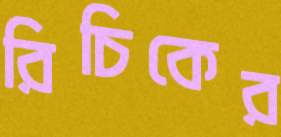
রিচিকের